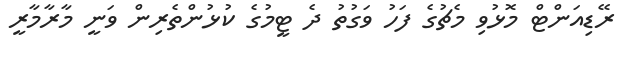
ރޭޑިއަންޓް މޮޅުވި މެޗުގެ ފަހު ވަގުތު ދެ ޓީމުގެ ކުޅުންތެރިން ވަނީ މާރާމާރީ